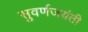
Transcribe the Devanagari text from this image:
सुवर्णजयंती